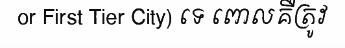
or First Tier City) ទេ ពោលគឺត្រូវ